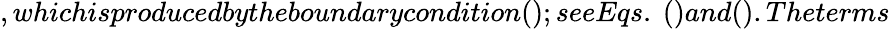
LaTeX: ,whichisproducedbytheboundarycondition();seeEqs.~()and().Theterms